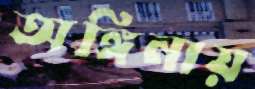
অঙ্গিনায়